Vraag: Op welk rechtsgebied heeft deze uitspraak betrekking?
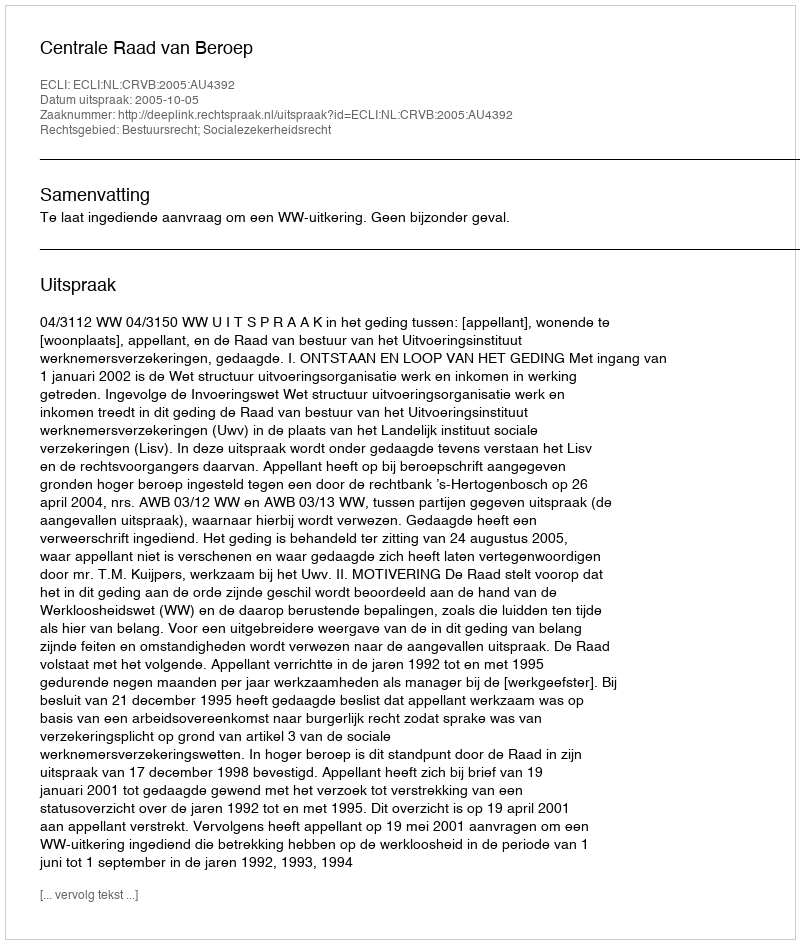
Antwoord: Bestuursrecht; Socialezekerheidsrecht